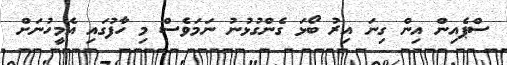
ސްޕެއިން އިން ގިނަ އިރު ބޯޅަ ގެންގުޅުނު ނަމަވެސް މި ހާފުގައި އެމީހުނަށް